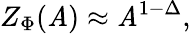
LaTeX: Z_{\Phi}({\cal{\mathit{A}}})\approx{\cal{\mathit{A}}}^{1-\Delta},